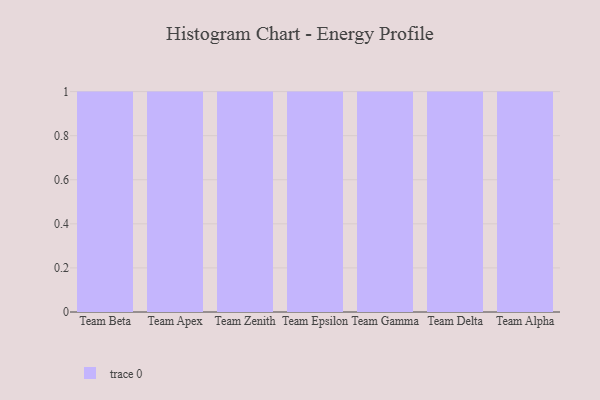
{"axis": {"x": "Team", "y": "Production Output"}, "legend": [""], "data": [{"x": "Team Beta", "y": 97, "type": ""}, {"x": "Team Apex", "y": 50, "type": ""}, {"x": "Team Zenith", "y": 90, "type": ""}, {"x": "Team Epsilon", "y": 52, "type": ""}, {"x": "Team Gamma", "y": 81, "type": ""}, {"x": "Team Delta", "y": 61, "type": ""}, {"x": "Team Alpha", "y": 49, "type": ""}]}